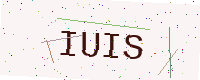
Text: IUIS